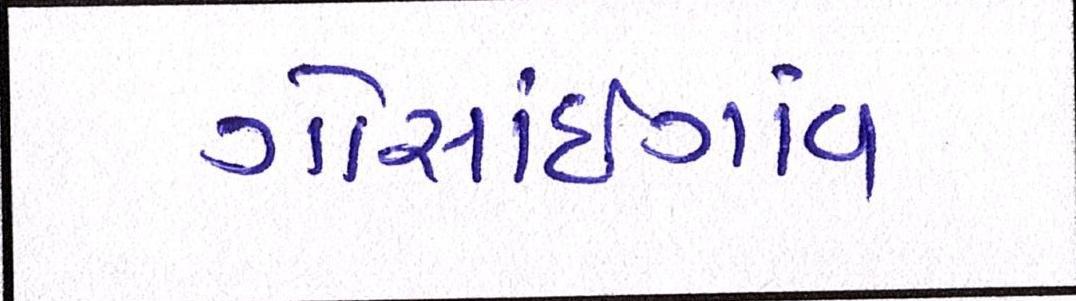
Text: ગોસાંઇગાંવ